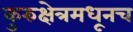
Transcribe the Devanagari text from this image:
कुरुक्षेत्रमधूनच